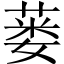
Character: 蒌